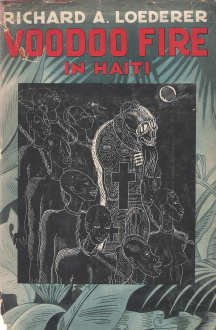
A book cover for Voodoo Fire in Haiti; Richard A. Voodoo - Loederer; Travel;